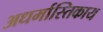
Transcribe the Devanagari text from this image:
अधर्मास्तिकाय